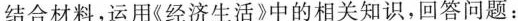
结合材料，运用《经济生活》中的相关知识，回答问题：